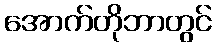
အောက်တိုဘာတွင်